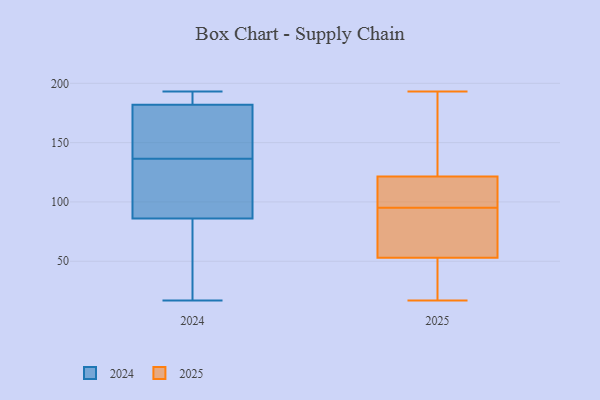
{"axis": {"x": "Humidity (%)", "y": "Value"}, "legend": ["2024", "2025"], "data": [{"x": "", "y": 189, "type": "2024"}, {"x": "", "y": 182, "type": "2024"}, {"x": "", "y": 164, "type": "2024"}, {"x": "", "y": 122, "type": "2024"}, {"x": "", "y": 151, "type": "2024"}, {"x": "", "y": 17, "type": "2024"}, {"x": "", "y": 193, "type": "2024"}, {"x": "", "y": 95, "type": "2024"}, {"x": "", "y": 86, "type": "2024"}, {"x": "", "y": 28, "type": "2024"}, {"x": "", "y": 40, "type": "2025"}, {"x": "", "y": 56, "type": "2025"}, {"x": "", "y": 139, "type": "2025"}, {"x": "", "y": 95, "type": "2025"}, {"x": "", "y": 66, "type": "2025"}, {"x": "", "y": 112, "type": "2025"}, {"x": "", "y": 88, "type": "2025"}, {"x": "", "y": 61, "type": "2025"}, {"x": "", "y": 95, "type": "2025"}, {"x": "", "y": 162, "type": "2025"}, {"x": "", "y": 50, "type": "2025"}, {"x": "", "y": 17, "type": "2025"}, {"x": "", "y": 98, "type": "2025"}, {"x": "", "y": 113, "type": "2025"}, {"x": "", "y": 128, "type": "2025"}, {"x": "", "y": 143, "type": "2025"}, {"x": "", "y": 115, "type": "2025"}, {"x": "", "y": 193, "type": "2025"}, {"x": "", "y": 30, "type": "2025"}, {"x": "", "y": 17, "type": "2025"}]}